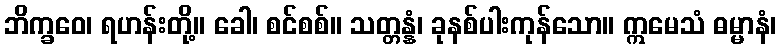
ဘိက္ခဝေ၊ ရဟန်းတို့။ ခေါ၊ စင်စစ်။ သတ္တန္နံ၊ ခုနစ်ပါးကုန်သော။ ဣမေသံ ဓမ္မာနံ၊